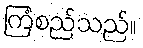
ကြံစည်သည်။